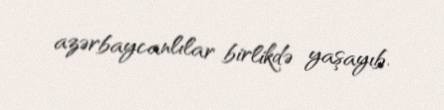
azərbaycanlılar birlikdə yaşayıb.